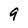
Character: 9